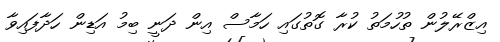
އިޒްރޭލުން ތުހުމަތު ކުރާ ގޮތުގައި ހަމާސް އިން ދަނީ ބިމު އަޑިން ހަދާފައިވާ